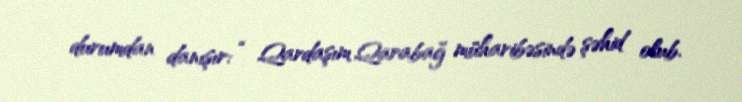
durumdan danışır: “ Qardaşım Qarabağ müharibəsində şəhid olub.